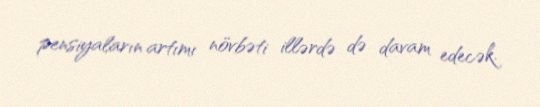
pensiyaların artımı növbəti illərdə də davam edecək.